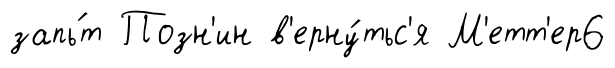
запь́т Позн'ин в'ерну́тьс'я М'етт'ер6